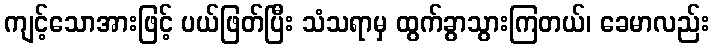
ကျင့်သောအားဖြင့် ပယ်ဖြတ်ပြီး သံသရာမှ ထွက်ခွာသွားကြတယ်၊ ခေမာလည်း